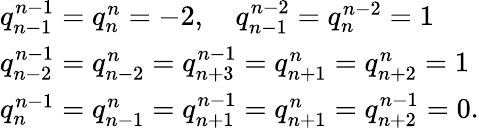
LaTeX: \begin{array}{lcr}{{q_{n-1}^{n-1}=q_{n}^{n}=-2,\quad q_{n-1}^{n-2}=q_{n}^{n-2}=1}}\\ {{q_{n-2}^{n-1}=q_{n-2}^{n}=q_{n+3}^{n-1}=q_{n+1}^{n}=q_{n+2}^{n}=1}}\\ {{q_{n}^{n-1}=q_{n-1}^{n}=q_{n+1}^{n-1}=q_{n+1}^{n}=q_{n+2}^{n-1}=0.}}\end{array}